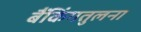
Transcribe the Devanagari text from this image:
बैंकिंगतुलना